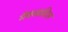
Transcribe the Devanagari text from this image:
मैकग्राहिल